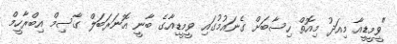
"ވީމީޑީއާ މިއަދު މިއޮތް ހިސާބަށް ގެނައުމުގައި ވީމީޑިއާގެ ބާނީ އޮނަރަބަލް ގާސިމް އިބްރާހީމް